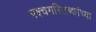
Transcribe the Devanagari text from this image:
पश्चमस्तिष्कांच्या